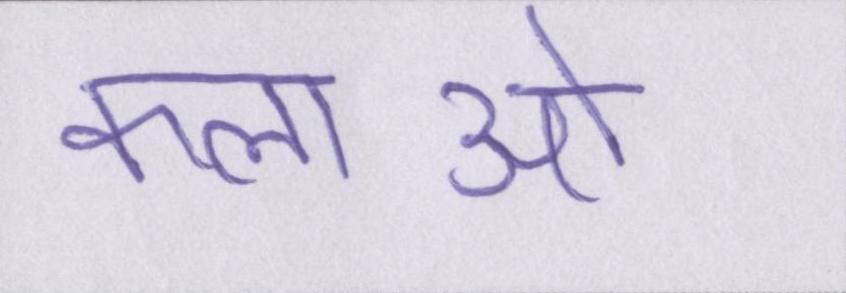
कलाओ